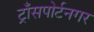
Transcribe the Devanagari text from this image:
ट्राँसपोर्टनगर